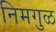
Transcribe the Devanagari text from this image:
निमगुळ